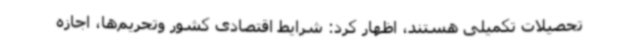
تحصیلات تکمیلی هستند، اظهار کرد: شرایط اقتصادی کشور وتحریم‌ها، اجازه